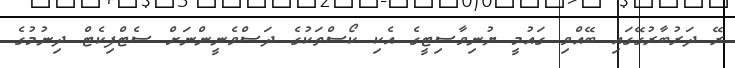
ރޭ ދަރުބާރުގޭގައި ބޭއްވި ގައުމީ ޔުނިވާސިޓީގެ އެކި ކޯސްތަކުގެ ދަސްވެނީންނަށް ސެޓްފިކެޓް ދިނުމުގެ